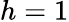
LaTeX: h=1